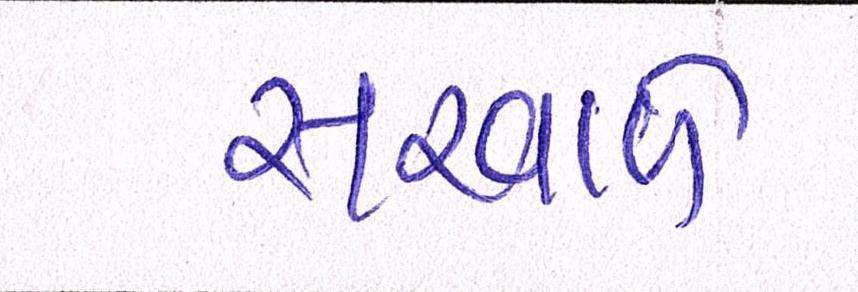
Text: સરવાળે